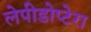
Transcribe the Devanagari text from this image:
लेपीडोप्टेरा